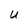
Character: U